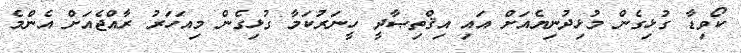
ކޯވިޑާ ގުޅިގެން މުޅިދުނިޔެއަށް އައި އިޤްތިޞާދީ ހީނަރުކަމާ ގުޅިގެން މިއަހަރު ރާއްޖެއަށް އެންމެ